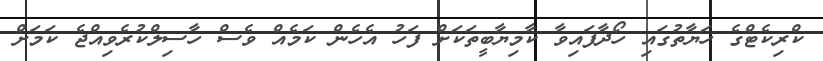
ކްރިކެޓްގެ ހަޔާތުގައި ހޯދާފައިވާ ކާމިޔާބީތަކަށް ފަހު އެހެން ކަމެއް ވެސް ހާސިލްކުރެވިއްޖެ ކަމަށް